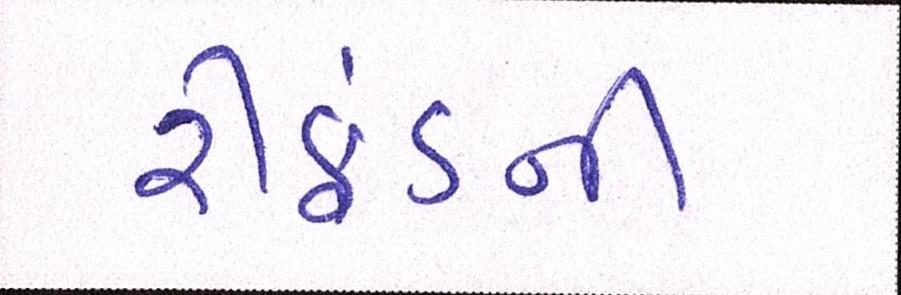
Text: રીફંડની